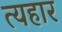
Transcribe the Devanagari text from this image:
त्यहार